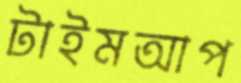
টাইমআপ